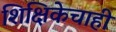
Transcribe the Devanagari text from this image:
शिक्षिकेचाही